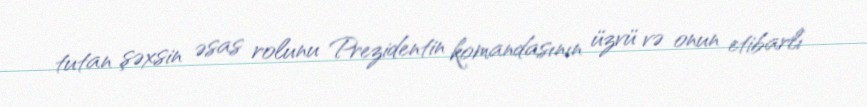
tutan şəxsin əsas rolunu Prezidentin komandasının üzvü və onun etibarlı